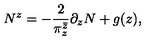
N ^ { z } = - \frac { 2 } { \pi _ { z } ^ { \bar { z } } } \partial _ { z } N + g ( z ) ,